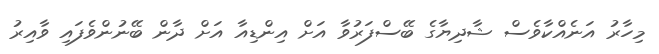
މިހާރު އަނެއްކާވެސް ޝާދިޔާގެ ބޭސްފަރުވާ އަށް އިންޑިއާ އަށް ދާން ބޭނުންވެފައި ވާއިރު